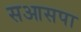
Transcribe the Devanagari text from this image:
सआसपा